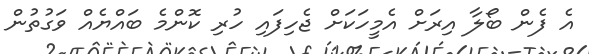
އެ ފެން ބޯލާ އިރަށް އެމީހަކަށް ޖެހިފައި ހުރި ކޮންމެ ބައްޔެއް ވަގުތުން